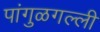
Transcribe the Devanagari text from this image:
पांगुळगल्ली